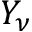
Y _ { \nu }